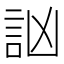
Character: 訩